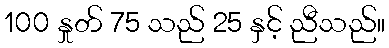
100 နှုတ် 75 သည် 25 နှင့် ညီသည်။